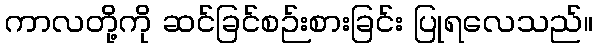
ကာလတို့ကို ဆင်ခြင်စဉ်းစားခြင်း ပြုရလေသည်။